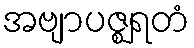
အဗျာပဇ္ဈရတံ